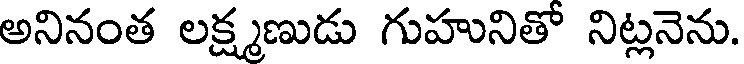
అనినంత లక్ష్మణుడు గుహునితో నిట్లనెను.